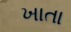
ખાતા